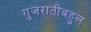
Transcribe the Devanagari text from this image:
गुजरातीबहुल